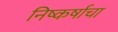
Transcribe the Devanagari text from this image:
निष्कर्षाचा